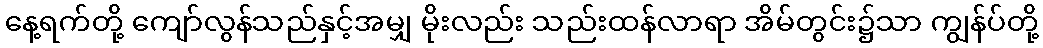
နေ့ရက်တို့ ကျော်လွန်သည်နှင့်အမျှ မိုးလည်း သည်းထန်လာရာ အိမ်တွင်း၌သာ ကျွန်ပ်တို့